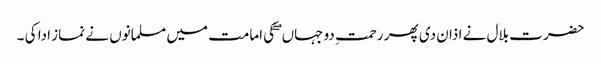
حضرت بلال نے اذان دی پھر رحمتِ دو جہاں ۖ کی امامت میں مسلمانوں نے نماز ادا کی ۔